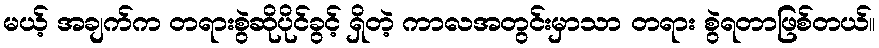
မယ့် အချက်က တရားစွဲဆိုပိုင်ခွင့် ရှိတဲ့ ကာလအတွင်းမှာသာ တရား စွဲရတာဖြစ်တယ်။